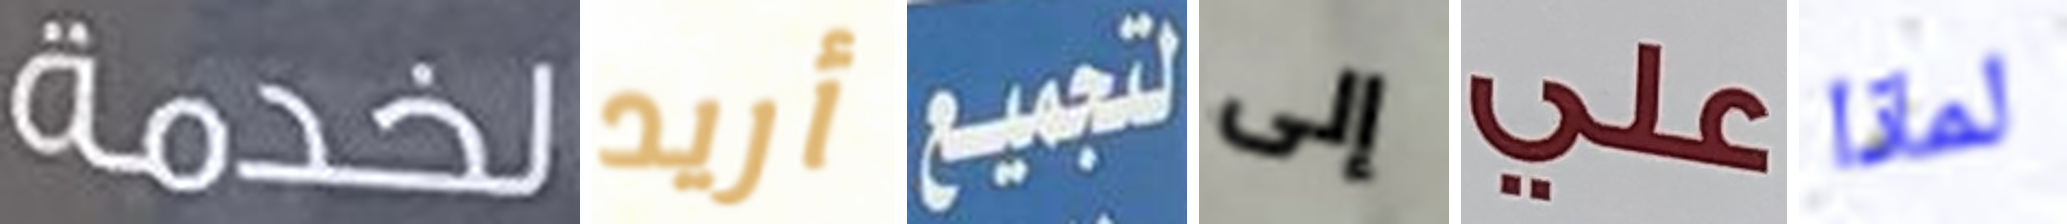
لخدمة أريد لتجميع إلى علي لماذا